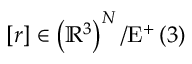
\left[ r \right] \in \left( \mathbb { R } ^ { 3 } \right) ^ { N } / \mathrm { E } ^ { + } \left( 3 \right)